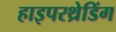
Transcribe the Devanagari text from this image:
हाइपरथ्रेडिंग